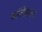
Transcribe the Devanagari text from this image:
क्लीरेंबाल्ट